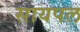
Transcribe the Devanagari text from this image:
सायपल